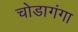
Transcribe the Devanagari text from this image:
चोडागंगा